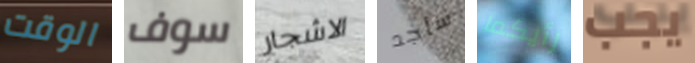
الوقت سوف الاشجار سأجد رأيكما يجب